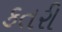
કતરી